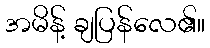
အမိန့် ချပြန်လေ၏။